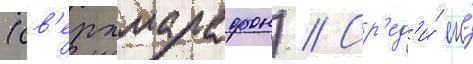
(св'ерхмарафон) // Ср'ед'и́ его́